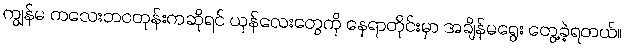
ကျွန်မ ကလေးဘဝတုန်းကဆိုရင် ယုန်လေးတွေကို နေရာတိုင်းမှာ အချိန်မရွေး တွေ့ခဲ့ရတယ်။